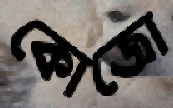
কোজো